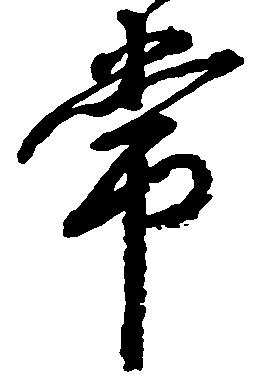
常